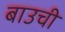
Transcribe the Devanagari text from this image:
बाउची